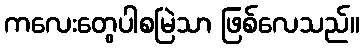
ကလေးတွေပါစမြဲသာ ဖြစ်လေသည်။